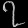
Digit: ၇